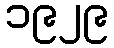
၁၉၂၉